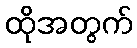
ထိုအတွက်